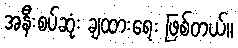
အနီးစပ်ဆုံး ချထားရေး ဖြစ်တယ်။